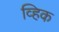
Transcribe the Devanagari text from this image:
व्हिक